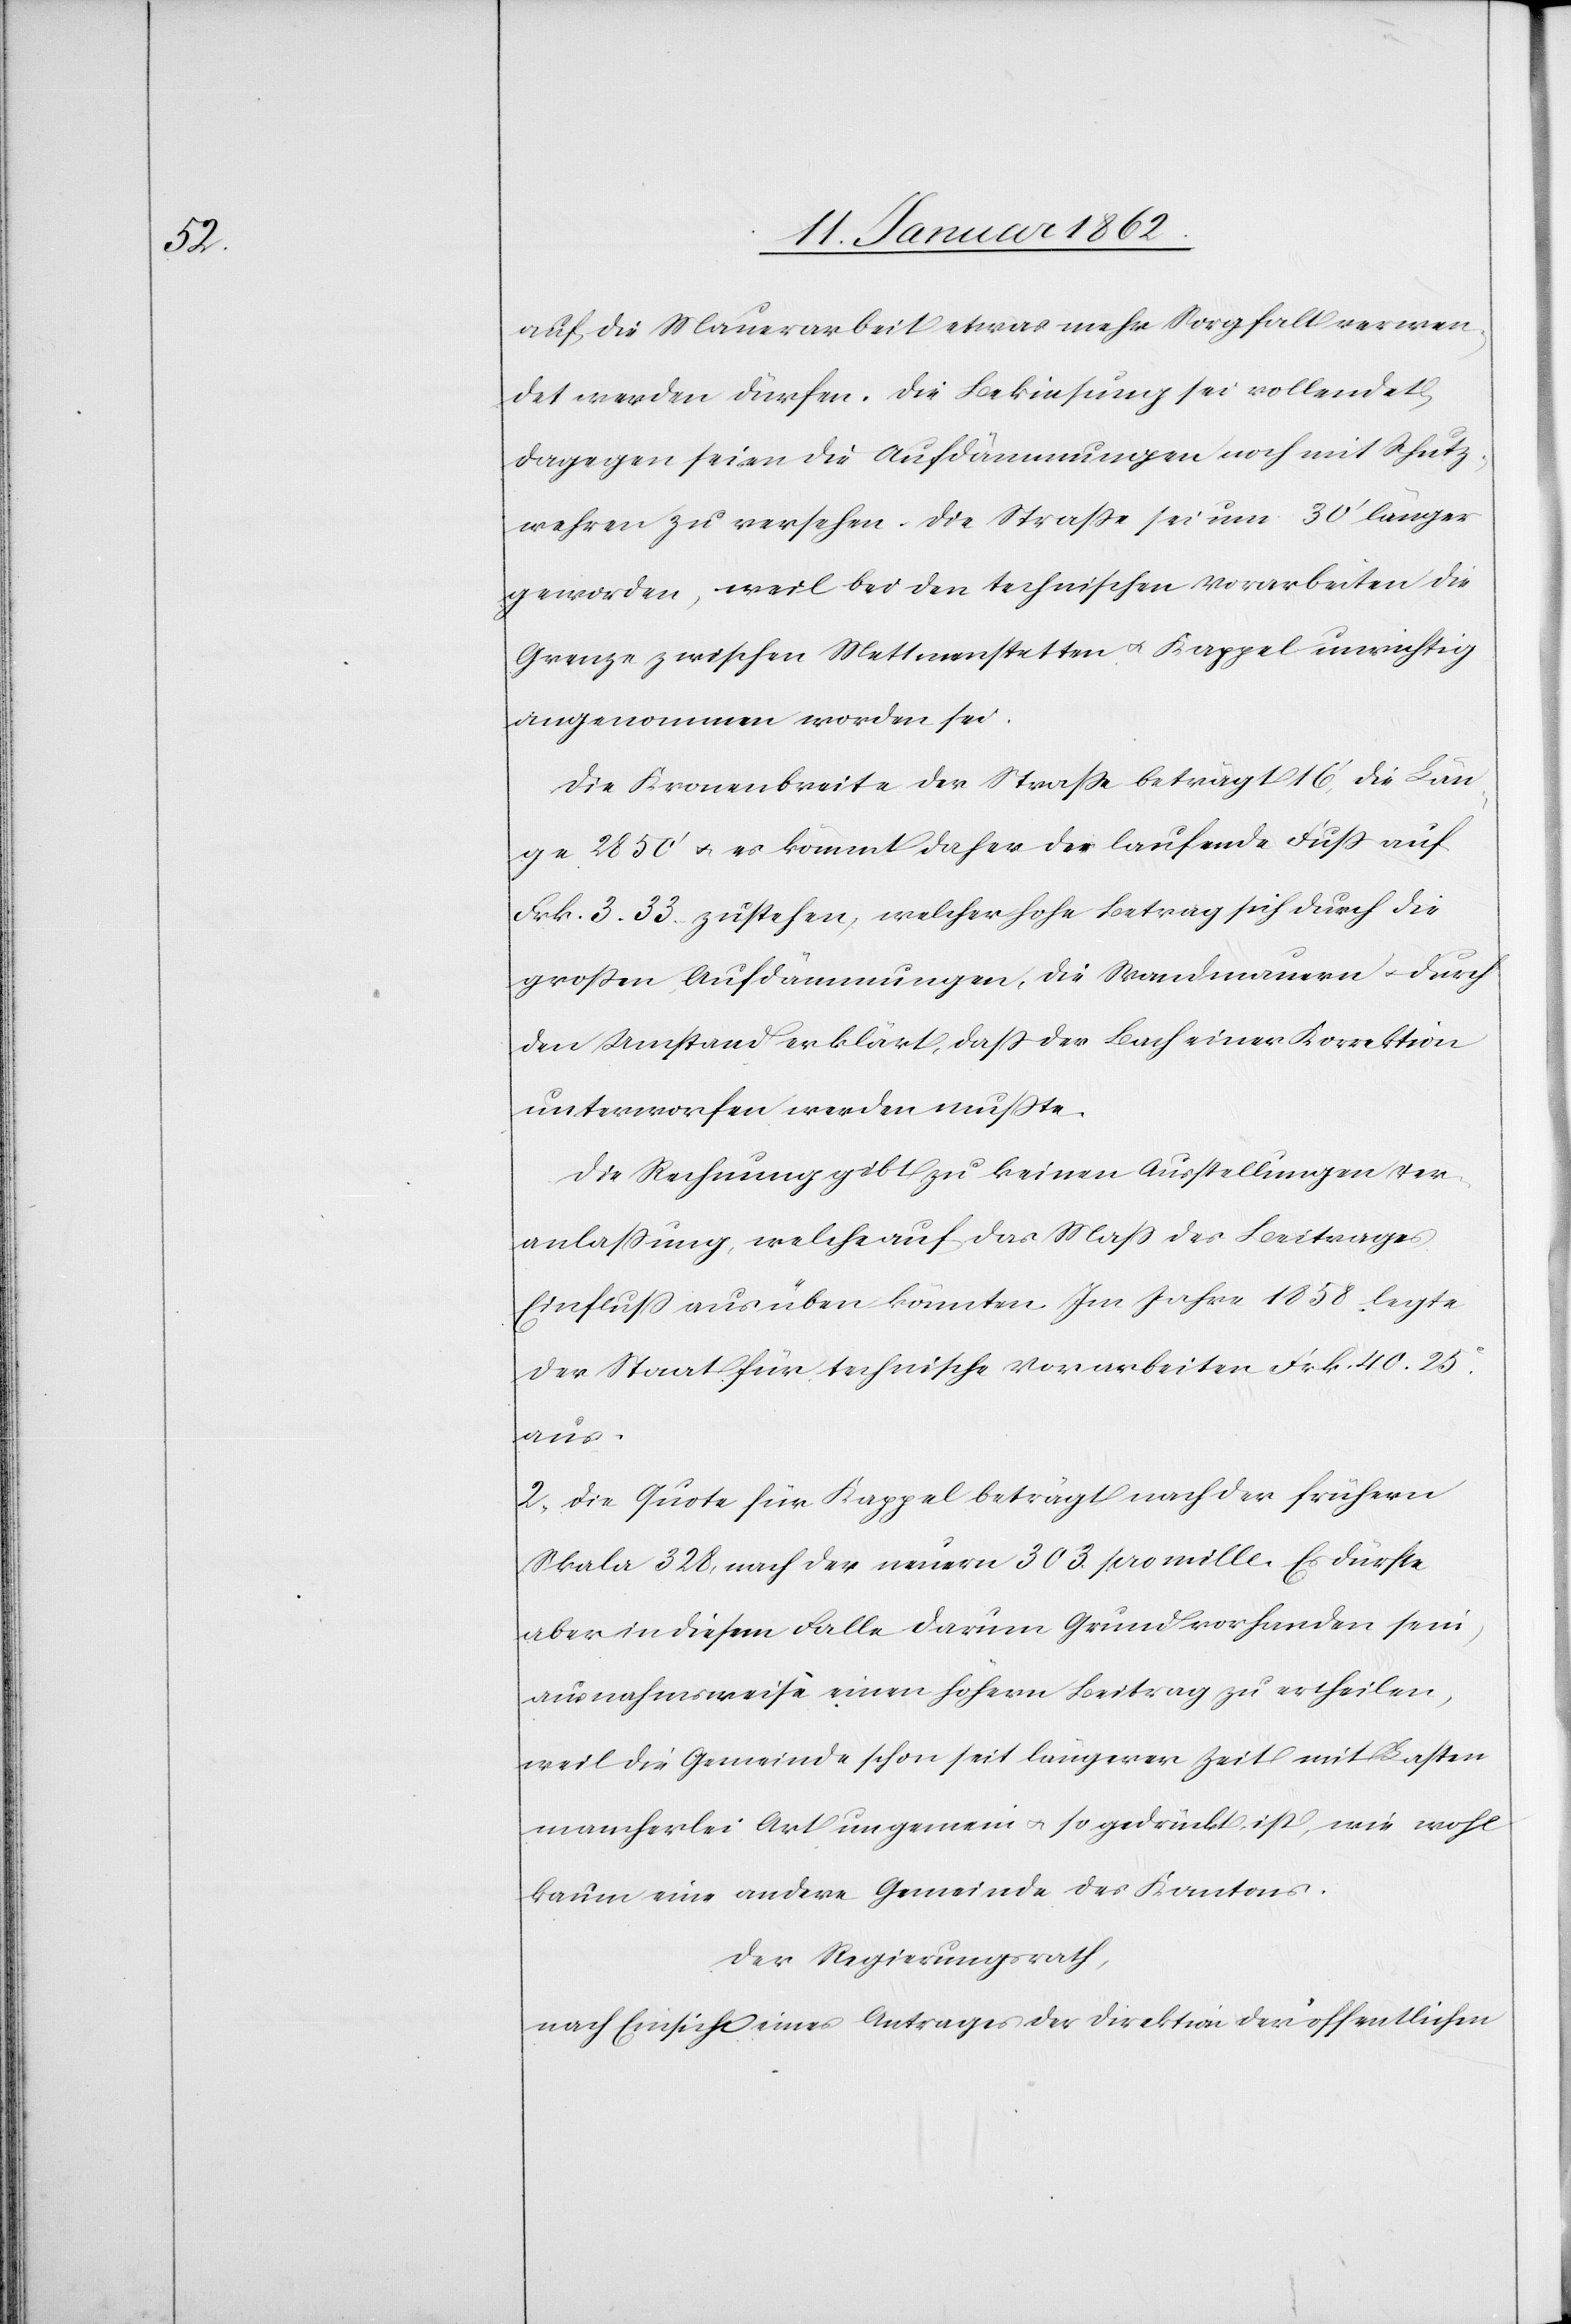
auf die Mauerarbeit etwas mehr Sorgfalt verwen¬
det werden dürfen. Die Bekiesung sei vollendet,
dagegen seien die Aufdämmungen noch mit Schutz¬
wehren zu versehen. Die Straße sei um 30‘ länger
geworden, weil bei den technischen Vorarbeiten die
Grenze zwischen Mettmenstetten u. Kappel unrichtig
angenommen worden sei.
Die Kronenbreite der Straße beträgt 16‘, die Län¬
ge 2850‘ u. es kömmt daher der laufende Fuß auf
Frk. 3.33 zu stehen, welcher hohe Betrag sich durch die
großen Aufdämmungen, die Wandmauern u. durch
den Umstand erklärt, daß der Bach einer Korrektion
unterworfen werden mußte.
Die Rechnung gibt zu keinen Ausstellungen Ver¬
anlaßung, welche auf das Maß des Beitrages
Einfluß ausüben könnten. Im Jahre 1858 legte
der Staat für technische Vorarbeiten Frk. 40.25
aus.
2. Die Quote für Kappel beträgt nach der frühern
Skala 328, nach der neuern 303 pro mille. Es dürfte
aber in diesem Falle darum Grund vorhanden sein,
ausnahmsweise einen höhern Beitrag zu ertheilen,
weil die Gemeinde schon seit längerer Zeit mit Lasten
mancherlei Art ungemein u. so gedrückt ist, wie wohl
kaum eine andere Gemeinde des Kantons.
Der Regierungsrath,
nach Einsicht eines Antrages der Direktion der öffentlichen